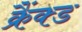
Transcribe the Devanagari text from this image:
क्रैंक्ड